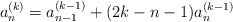
\begin{align*}a_{n}^{(k)} = a_{n-1}^{(k-1)}+(2k-n-1)a_{n}^{(k-1)}\end{align*}